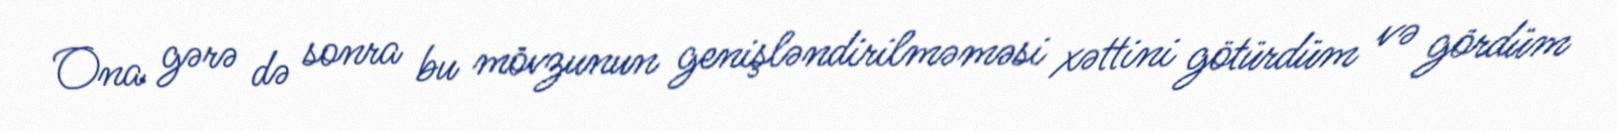
Ona gərə də sonra bu mövzunun genişləndirilməməsi xəttini götürdüm və gördüm